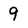
Character: 9